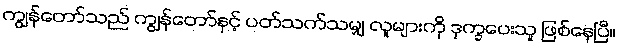
ကျွန်တော်သည် ကျွန်တော်နှင့် ပတ်သက်သမျှ လူများကို ဒုက္ခပေးသူ ဖြစ်နေပြီ။